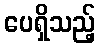
ပေရှိသည့်